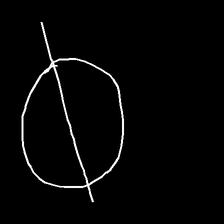
Glyph: orb